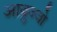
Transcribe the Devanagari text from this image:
आब्रुज्जो